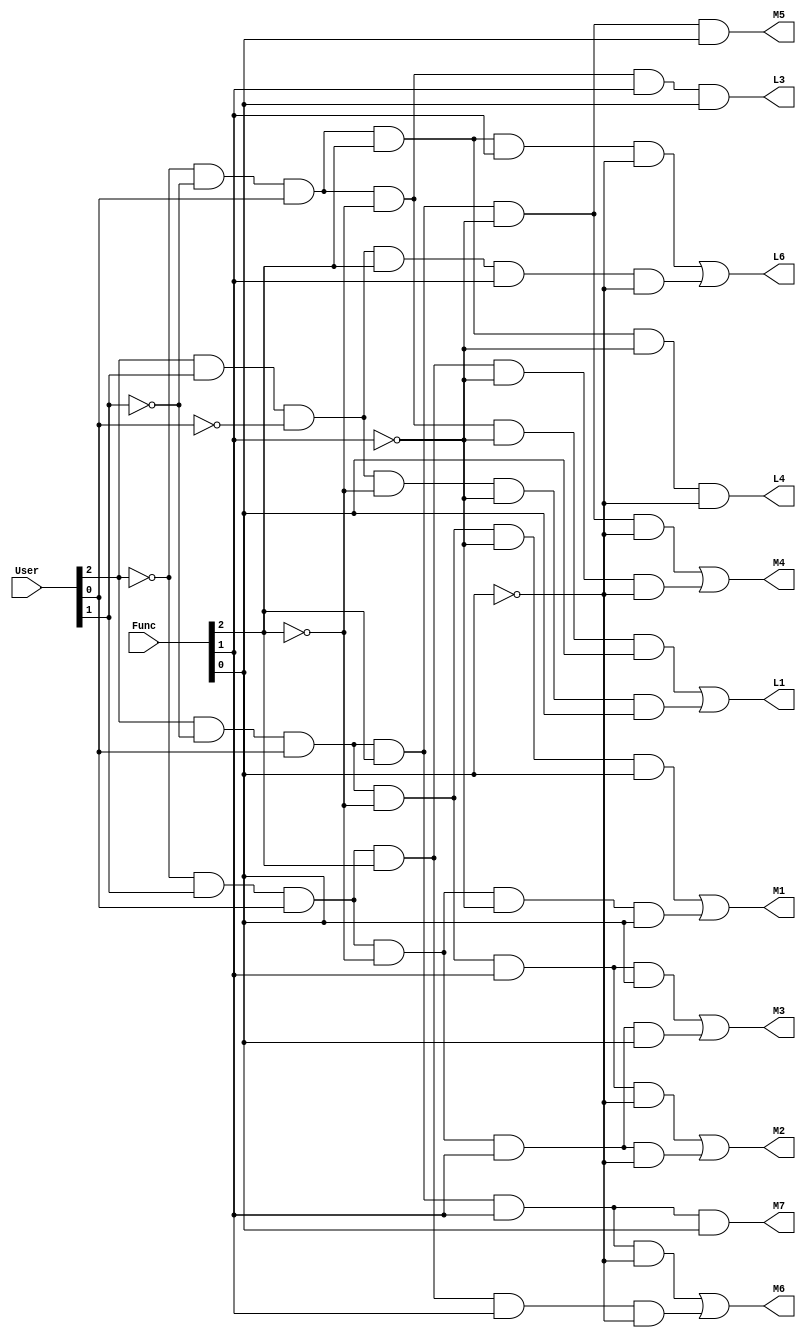
/*
  Mdulo que decodifica a funcionalidade de um usurio e retorna quais
  LEDs e quais colunas da matriz de LEDs devem ser acesos.
  Ele recebe como entrada o cdigo do usurio e a funcionalidade
  e retorna quais LEDs e quais colunas da matriz de LEDs devem ser acesos.
*/
module decodificadorDeFuncionalidade(User, Func, M7, M6, M5, M4, M3, M2, M1, L6, L4, L3, L1);
  // entradas
  input [2:0] User, Func;

  // saidas
  output M7, M6, M5, M4, M3, M2, M1, L6, L4, L3, L1; // LEDS E MATRIZ

  // fios
  wire W0, W1, W2, W3, W4, W5, W6, W7, W8, W9, W10, W11, W12, W13;
  wire NOT_User0, NOT_User1, NOT_User2;
  wire NOT_F0, NOT_F1, NOT_F2;

  // NOTs
  not NOT0 (NOT_User0, User[0]);
  not NOT1 (NOT_User1, User[1]);
  not NOT2 (NOT_User2, User[2]);
  not NOT3 (NOT_F0, Func[0]);
  not NOT4 (NOT_F1, Func[1]);
  not NOT5 (NOT_F2, Func[2]);

  // M7 - U2U1'U0F2F1F0		
  and AND0 (M7, User[2], NOT_User1, User[0], Func[2], Func[1], Func[0]);

  // M6 - U2U1'U0F2F1F0' + U2'U1U0F2F1F0'
  and AND1 (W0, User[2], NOT_User1, User[0], Func[2], Func[1], NOT_F0);
  and AND2 (W1, NOT_User2, User[1], User[0], Func[2], Func[1], NOT_F0);
  or OR0 (M6, W0, W1);

  // M5 U2U1'U0F2F1'F0			
  and AND3 (M5, User[2], NOT_User1, User[0], Func[2], NOT_F1, Func[0]);

  // M4 = U2U1'U0F2F1'F0' + U2'U1U0F2F1'F0'		
  and AND4 (W2, User[2], NOT_User1, User[0], Func[2], NOT_F1, NOT_F0);
  and AND5 (W3, NOT_User2, User[1], User[0], Func[2], NOT_F1, NOT_F0);
  or OR1 (M4, W2, W3);

  // M3 = U2U1'U0F2'F1F0 + U2'U1U0F2'F1F0
  and AND6 (W4, User[2], NOT_User1, User[0], NOT_F2, Func[1], Func[0]);
  and AND7 (W5, NOT_User2, User[1], User[0], NOT_F2, Func[1], Func[0]);
  or OR2 (M3, W4, W5);

  // M2 = U2U1'U0F2'F1F0' + U2'U1U0F2'F1F0'
  and AND8 (W6, User[2], NOT_User1, User[0], NOT_F2, Func[1], NOT_F0);
  and AND9 (W7, NOT_User2, User[1], User[0], NOT_F2, Func[1], NOT_F0);
  or OR3 (M2, W6, W7);

  // M1 = U2U1'U0F2'F1'F0 + U2'U1U0F2'F1'F0			
  and AND10 (W8, User[2], NOT_User1, User[0], NOT_F2, NOT_F1, Func[0]);
  and AND11 (W9, NOT_User2, User[1], User[0], NOT_F2, NOT_F1, Func[0]);
  or OR4 (M1, W8, W9);

  // L6 = U2'U1'U0F2F1F0' + U2U1U0'F2F1F0'		
  and AND12 (W10, NOT_User2, NOT_User1, User[0], Func[2], Func[1], NOT_F0);
  and AND13 (W11, User[2], User[1], NOT_User0, Func[2], Func[1], NOT_F0);
  or OR5 (L6, W10, W11);

  // L4 = U2'U1'U0F2F1'F0'	
  and AND14 (L4, NOT_User2, NOT_User1, User[0], Func[2], NOT_F1, NOT_F0);

  // L3 = U2'U1'U0F2'F1F0
  and AND15 (L3, NOT_User2, NOT_User1, User[0], NOT_F2, Func[1], Func[0]);

  // L1 = U2'U1'U0F2'F1'F0 + U2U1U0'F2'F1'F0		
  and AND16 (W12, NOT_User2, NOT_User1, User[0], NOT_F2, NOT_F1, Func[0]);
  and AND17 (W13, User[2], User[1], NOT_User0, NOT_F2, NOT_F1, Func[0]);
  or OR6 (L1, W12, W13);
endmodule

module TB_DecodificadorDeFuncionalidade();
  reg [2:0] User, Func;

  wire M1, M2, M3, M4, M5, M6, M7, L6, L4, L3, L1;

  decodificadorDeFuncionalidade decodificadorDeFuncionalidade(User, Func, M7, M6, M5, M4,M3, M2, M1, L6, L4, L3, L1);

  initial begin
    // caso de habilitao
    User = 3'b101; Func = 3'b001; #10; // 0	0	0	0	0	0	1	0	0	0	0
    User = 3'b101; Func = 3'b010; #10; // 0	0	0	0	0	1	0	0	0	0	0
    User = 3'b101; Func = 3'b011; #10; // 0	0	0	0	1	0	0	0	0	0	0
    User = 3'b101; Func = 3'b100; #10; // 0	0	0	1	0	0	0	0	0	0	0
    User = 3'b101; Func = 3'b101; #10; // 0	0	1	0	0	0	0	0	0	0	0
    User = 3'b101; Func = 3'b110; #10; // 0	1	0	0	0	0	0	0	0	0	0
    User = 3'b101; Func = 3'b111; #10; // 1	0	0	0	0	0	0	0	0	0	0

    User = 3'b011; Func = 3'b001; #10; // 0	0	0	0	0	0	1	0	0	0	0
    User = 3'b011; Func = 3'b010; #10; // 0	0	0	0	0	1	0	0	0	0	0
    User = 3'b011; Func = 3'b011; #10; // 0	0	0	0	1	0	0	0	0	0	0
    User = 3'b011; Func = 3'b100; #10; // 0	0	0	1	0	0	0	0	0	0	0
    User = 3'b011; Func = 3'b110; #10; // 0	1	0	0	0	0	0	0	0	0	0

    User = 3'b001; Func = 3'b001; #10; // 0	0	0	0	0	0	0	0	0	0	1
    User = 3'b001; Func = 3'b011; #10; // 0	0	0	0	0	0	0	0	0	1	0
    User = 3'b001; Func = 3'b100; #10; // 0	0	0	0	0	0	0	0	1	0	0
    User = 3'b001; Func = 3'b110; #10; // 0	0	0	0	0	0	0	1	0	0	0

    User = 3'b110; Func = 3'b001; #10; // 0	0	0	0	0	0	0	0	0	0	1
    User = 3'b110; Func = 3'b110; #10; // 0	0	0	0	0	0	0	1	0	0	0
    
  end
endmodule